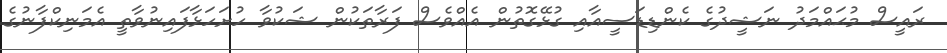
ރައީސް މުޙައްމަދު ނަޝީދުގެ ކެންޑިޑަސީއާއި ގުޅޭގޮތުން އެއްވެސް ފަރާތަކުން ޝަކުވާ ހުށަހަޅާފައިނުވާތީ އެމަނިކްފާނުގެ